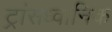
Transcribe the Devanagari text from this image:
ट्रांसध्वानिक